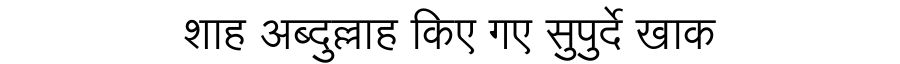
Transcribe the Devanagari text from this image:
शाह अब्दुल्लाह किए गए सुपुर्दे खाक